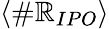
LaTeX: \langle\# \mathbb{R}_{IPO}\rangle